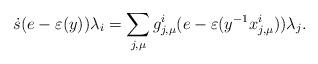
LaTeX: \begin{align*}\dot{s}(e-\varepsilon(y))\lambda_i= \sum_{j,\mu} g^i_{j,\mu}(e-\varepsilon(y^{-1}x^i_{j,\mu}))\lambda_j.\end{align*}